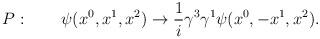
LaTeX: \begin{align*}P:\qquad \psi(x^0,x^1,x^2)\rightarrow {1\over i}\gamma^3\gamma^1\psi(x^0,-x^1,x^2).\end{align*}